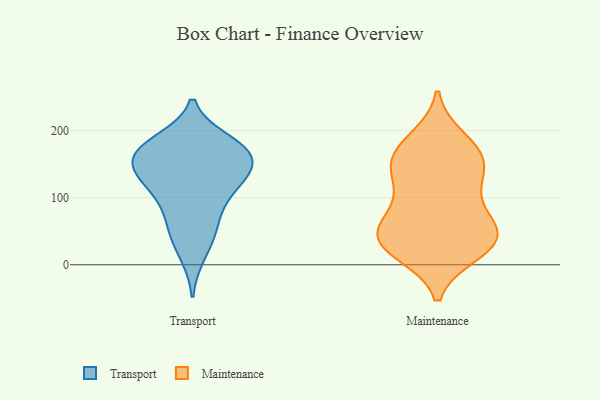
{"axis": {"x": "Production Output", "y": "Value"}, "legend": ["Maintenance", "Transport"], "data": [{"x": "", "y": 107, "type": "Transport"}, {"x": "", "y": 15, "type": "Transport"}, {"x": "", "y": 169, "type": "Transport"}, {"x": "", "y": 136, "type": "Transport"}, {"x": "", "y": 48, "type": "Transport"}, {"x": "", "y": 178, "type": "Transport"}, {"x": "", "y": 162, "type": "Transport"}, {"x": "", "y": 129, "type": "Transport"}, {"x": "", "y": 172, "type": "Transport"}, {"x": "", "y": 78, "type": "Transport"}, {"x": "", "y": 183, "type": "Transport"}, {"x": "", "y": 148, "type": "Transport"}, {"x": "", "y": 167, "type": "Transport"}, {"x": "", "y": 135, "type": "Transport"}, {"x": "", "y": 54, "type": "Transport"}, {"x": "", "y": 111, "type": "Transport"}, {"x": "", "y": 138, "type": "Maintenance"}, {"x": "", "y": 56, "type": "Maintenance"}, {"x": "", "y": 55, "type": "Maintenance"}, {"x": "", "y": 53, "type": "Maintenance"}, {"x": "", "y": 37, "type": "Maintenance"}, {"x": "", "y": 104, "type": "Maintenance"}, {"x": "", "y": 186, "type": "Maintenance"}, {"x": "", "y": 163, "type": "Maintenance"}, {"x": "", "y": 154, "type": "Maintenance"}, {"x": "", "y": 27, "type": "Maintenance"}, {"x": "", "y": 172, "type": "Maintenance"}, {"x": "", "y": 29, "type": "Maintenance"}, {"x": "", "y": 100, "type": "Maintenance"}, {"x": "", "y": 19, "type": "Maintenance"}, {"x": "", "y": 145, "type": "Maintenance"}, {"x": "", "y": 40, "type": "Maintenance"}]}